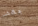
بقضاء